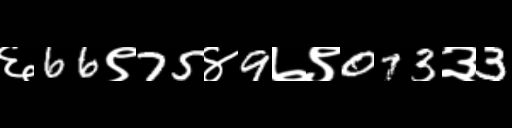
Text: ६66९75४9७९073३3